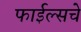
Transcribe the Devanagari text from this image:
फाईल्सचे